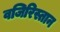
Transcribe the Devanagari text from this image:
वजिरिस्तान